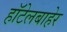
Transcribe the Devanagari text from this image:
हॉटेलबाहेर